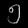
Digit: ၅